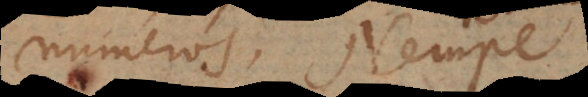
numeros. Nempe